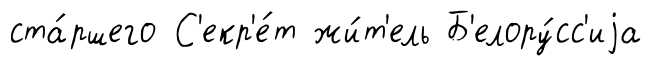
ста́ршего С'екр'е́т жи́т'ель Б'елору́сс'иjа